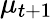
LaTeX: \mu_{t+1}